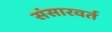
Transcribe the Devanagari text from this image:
संसारवर्त